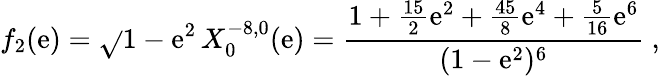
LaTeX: f_{2}(\mathrm{e})=\sqrt{}{{1-\mathrm{e}^{2}}}\, X_{0}^{-8,0}(\mathrm{e})=\frac{{1+\frac{{15}}{{2}}\mathrm{e}^{2}+\frac{{45}}{{8}}\mathrm{e}^{4}+\frac{{5}}{{16}}\mathrm{e}^{6}}}{{(1-\mathrm{e}^{2})^{6}}}\ ,